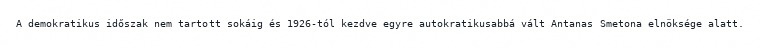
A demokratikus időszak nem tartott sokáig és 1926-tól kezdve egyre autokratikusabbá vált Antanas Smetona elnöksége alatt.